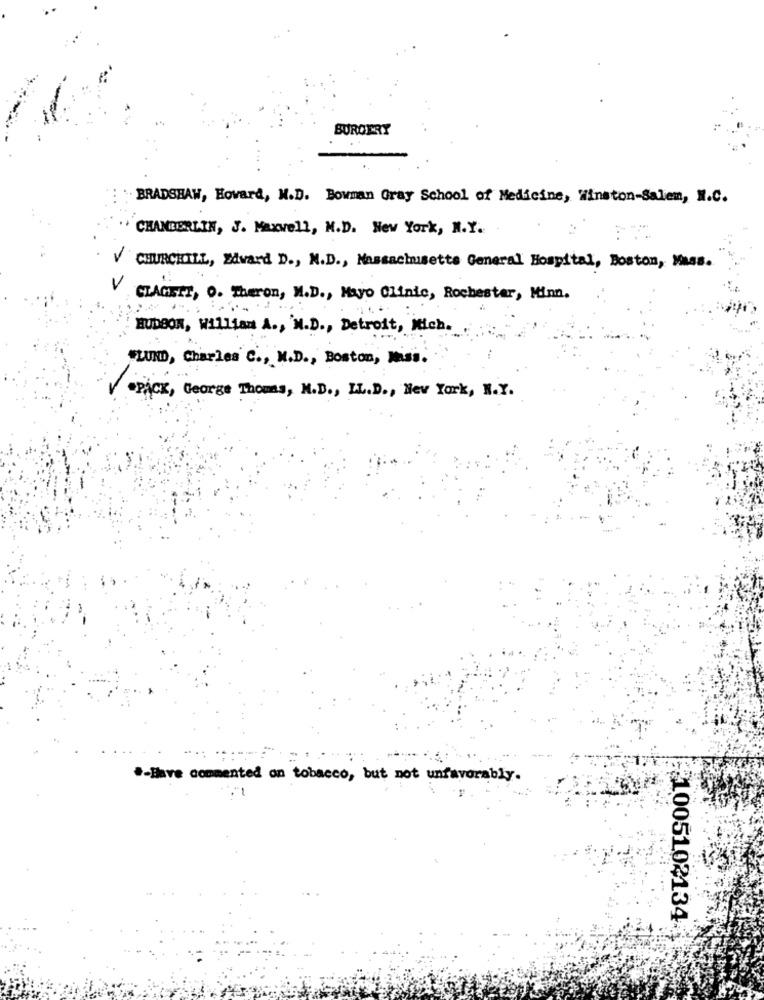
BURGERY
BRADSHAW, Hovard, N.D. Bowman Gray School of Medicine, Winston-Salem, N.C.
CHAMBERLIN, J. Maxwell, M.D. New York, N.Y.
CHURCHILL, Edward D ., M.D ., Massachusetts General Hospital, Boston, Mass.
V CLAGETT, O. Theron, M.D ., Mayo Clinic, Rochester, Minn.
HUDSON, William A ., M.D ., Detroit, Mich.
"LUND, Charles C ., M.D ., Boston, Masi.
V -PACK, George Thomas, N.D ., LL.D ., New York, N.Y.
.- Have commented on tobacco, but not unfavorably.
₹1005102134